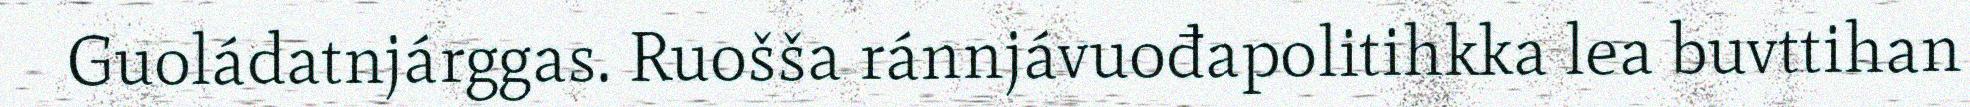
Guoládatnjárggas. Ruošša ránnjávuođapolitihkka lea buvttihan